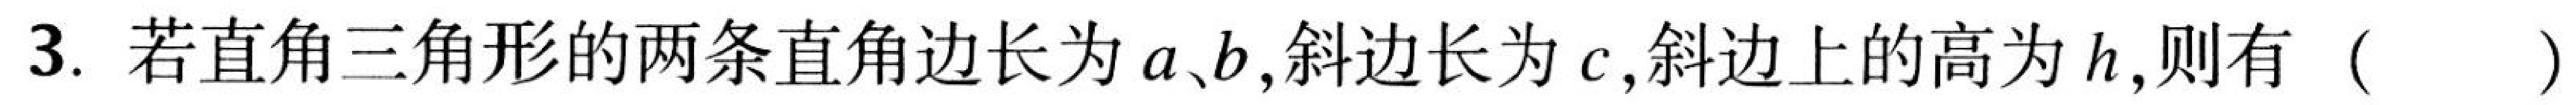
3. 若直角三角形的两条直角边长为\(a、b\),斜边长为\(c\),斜边上的高为\(h\),则有（  ）